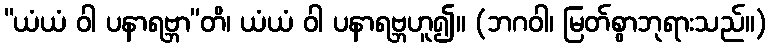
“ယံယံ ဝါ ပနာရဗ္ဘာ”တိ၊ ယံယံ ဝါ ပနာရဗ္ဘဟူ၍။ (ဘဂဝါ၊ မြတ်စွာဘုရားသည်။)